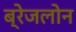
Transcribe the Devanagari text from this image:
ब्रेजलोन